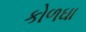
કોળઘા